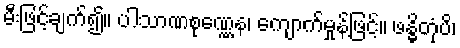
မီးဖြင့်ချက်၍။ ပါသာဏစုဏ္ဏေန၊ ကျောက်မှုန့်ဖြင့်။ ဖန္ဓိတုံပိ၊